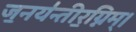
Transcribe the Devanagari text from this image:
ज॒नय॑न्तीर॒ग्निम्।